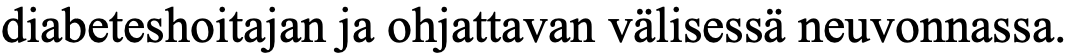
diabeteshoitajan ja ohjattavan välisessä neuvonnassa.